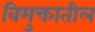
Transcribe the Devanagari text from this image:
विमुक्तातील